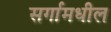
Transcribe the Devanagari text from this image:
सर्गामधील